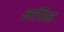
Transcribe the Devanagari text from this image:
लॉरिल